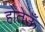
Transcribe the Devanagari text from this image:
होतेऊँ